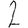
Digit: 2